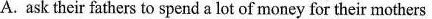
A. ask their fathers to spend a lot of money for their mothers